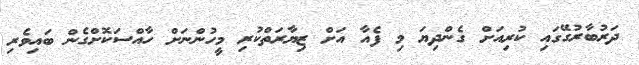
ދަރުބާރުގޭގައި ކުރިއަށް ގެންދިޔަ މި ފެއާ އަށް ޒިޔާރަތްކުރި މީހުންނަށް ހާއްސަކޮށްގެން ބައިވެރި